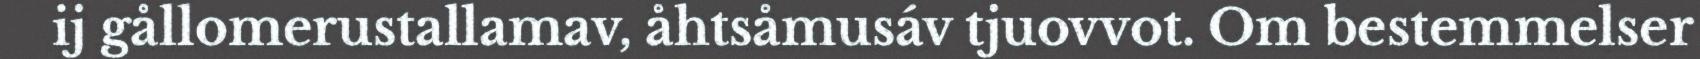
ij gållomerustallamav, åhtsåmusáv tjuovvot. Om bestemmelser